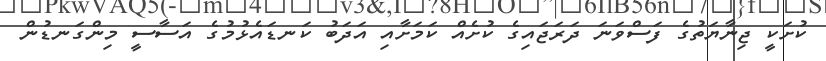
ކުށަކީ ޖިނާޔަތުގެ ފަސްވަނަ ދަރަޖައިގެ ކުށެއް ކަމަށާއި އަދަބު ކަނޑައެޅުމުގެ އަސާސީ މިންގަނޑުން